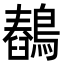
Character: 𪅖